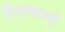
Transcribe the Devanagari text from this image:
शैलकणों